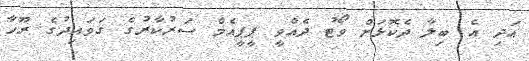
އަދި އެ ބިލާ ދެކޮޅަށް ވޯޓު ދެއްވީ ޕީޕީއެމް ސަރުކާރުގެ ގަވައިދުގެ ރޫހާ